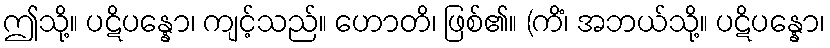
ဤသို့။ ပဋိပန္နော၊ ကျင့်သည်။ ဟောတိ၊ ဖြစ်၏။ (ကိံ၊ အဘယ်သို့။ ပဋိပန္နော၊